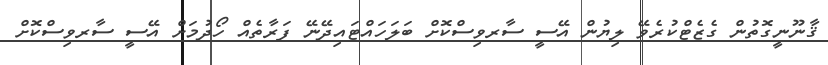
ޤާނޫނީގޮތުން ގެޒެޓްކުރެވޭ ލިޔުން އޭސީ ސާރވިސްކޮށް ބަލަހައްޓައިދޭނޭ ފަރާތެއް ހޯދުމަށް އޭސީ ސާރވިސްކޮށް